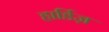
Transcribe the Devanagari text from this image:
हार्डिज़